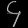
Digit: ၄